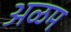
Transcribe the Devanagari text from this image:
अळम